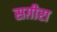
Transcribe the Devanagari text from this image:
सग़ीरा